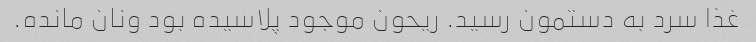
غذا سرد به دستمون رسید. ریحون موجود پلاسیده بود ونان مانده.